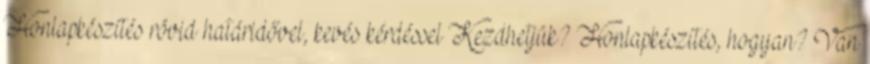
Honlapkészítés rövid határidővel, kevés kérdéssel Kezdhetjük? Honlapkészítés, hogyan? Van